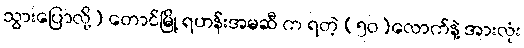
သွားပြောလို့) တောင်မြို့ ရဟန်းအမဆီ က ရတဲ့ (၅၀)လောက်နဲ့ အားလုံး